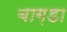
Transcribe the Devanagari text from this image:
बाग़डा